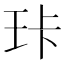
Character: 𰡶